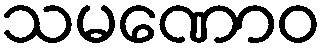
သမဏောဝ